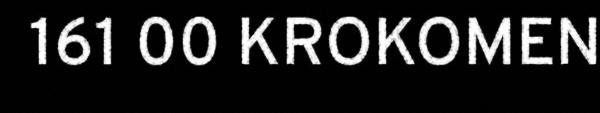
161 00 KROKOMEN